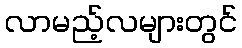
လာမည့်လများတွင်